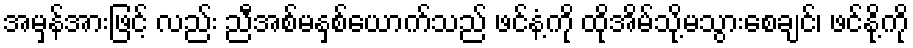
အမှန်အားဖြင့် လည်း ညီအစ်မနှစ်ယောက်သည် ဖင်နံ့ကို ထိုအိမ်သို့မသွားစေချင်၊ ဖင်နို့ကို